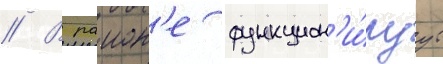
// В раион'е функцион'и́руут